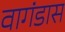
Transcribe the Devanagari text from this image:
वागंडास